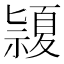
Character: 𥜂